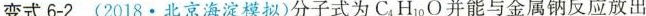
变式6-2(2018·北京海淀模拟)分子式为C_{4}H_{10}O并能与金属钠反应放出